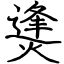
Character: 㷭